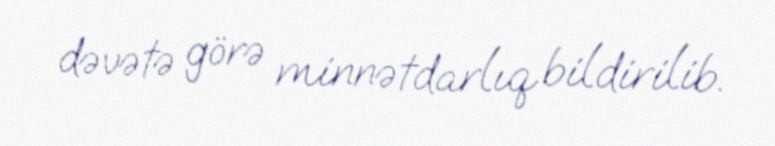
dəvətə görə minnətdarlıq bildirilib.